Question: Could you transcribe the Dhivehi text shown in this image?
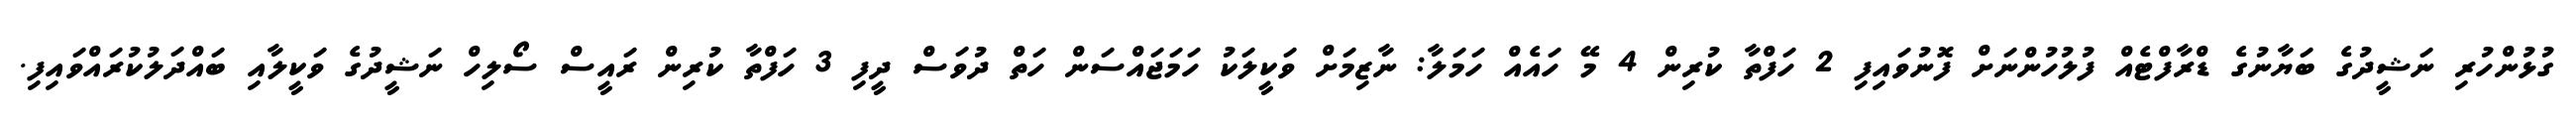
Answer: ގުޅުންހުރި ނަޝީދުގެ ބަޔާނުގެ ޑްރާފްޓެއް ފުލުހުންނަށް ފޮނުވައިފި 2 ހަފްތާ ކުރިން 4 މޭ ހައެއް ހަމަލާ: ނާޒިމަށް ވަކީލަކު ހަމަޖައްސަން ހަތް ދުވަސް ދީފި 3 ހަފްތާ ކުރިން ރައީސް ސޯލިހް ނަޝީދުގެ ވަކީލާއި ބައްދަލުކުރައްވައިފި.